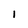
Character: I